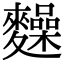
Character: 𪍽